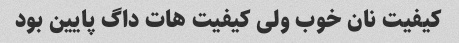
کیفیت نان خوب ولى کیفیت هات داگ پایین بود